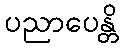
ပညာပေန္တိ